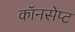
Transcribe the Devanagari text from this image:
कॉनसेप्ट